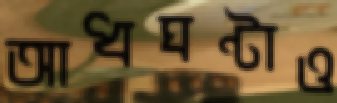
আধঘণ্টাও